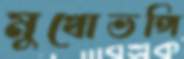
মুখোভঙ্গি